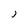
Character: j